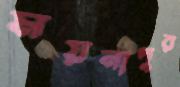
ময়নাপুর